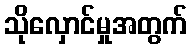
သိုလှောင်မှုအတွက်